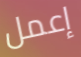
إعمل